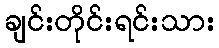
ချင်းတိုင်းရင်းသား